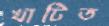
খাটিত